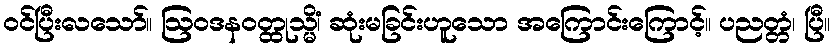
ဝင်ပြီးလသော်။ ဩဝဒနဝတ္ထုသ္မိံ၊ ဆုံးမခြင်းဟူသော အကြောင်းကြောင့်။ ပညတ္တံ၊ ပြီ။